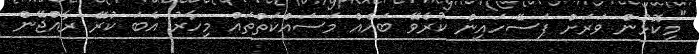
"މިކޮޅުން ވަރަށް ފަސޭހައިން ކުރެވޭ ބައެއް މަސައްކަތްތައް މިހާރު އެބަ ކުރޭ ރާއްޖޭން